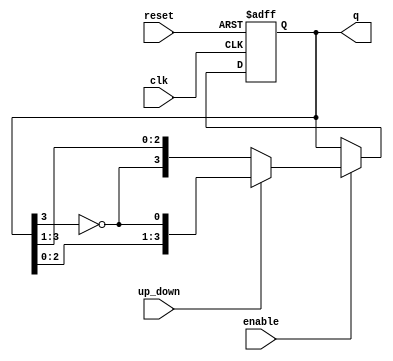
module Bidirectional_Johnson_Counter (
    input wire clk,          // Clock signal
    input wire reset,        // Asynchronous reset
    input wire enable,       // Enable signal
    input wire up_down,      // Control signal: 1 for up, 0 for down
    output reg [n-1:0] q     // Counter output (n-bit)
);
    parameter n = 4; // Number of bits in the counter

    // Internal signal to hold the inverted last flip-flop output
    wire feedback;

    // Feedback logic: Invert the last flip-flop output
    assign feedback = ~q[n-1];

    always @(posedge clk or posedge reset) begin
        if (reset) begin
            q <= 0; // Reset all flip-flops to 0
        end else if (enable) begin
            if (up_down) begin
                // Counting up (Johnson counter behavior)
                q <= {q[n-2:0], feedback}; // Shift left and feed back
            end else begin
                // Counting down (reverse Johnson counter behavior)
                q <= {feedback, q[n-1:1]}; // Shift right and feed back
            end
        end
    end
endmodule